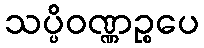
သပ္ပိဝဏ္ဏဉ္စပေ